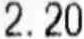
2.20